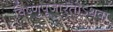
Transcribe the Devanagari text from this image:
विष्णुपूजारतोऽथवा